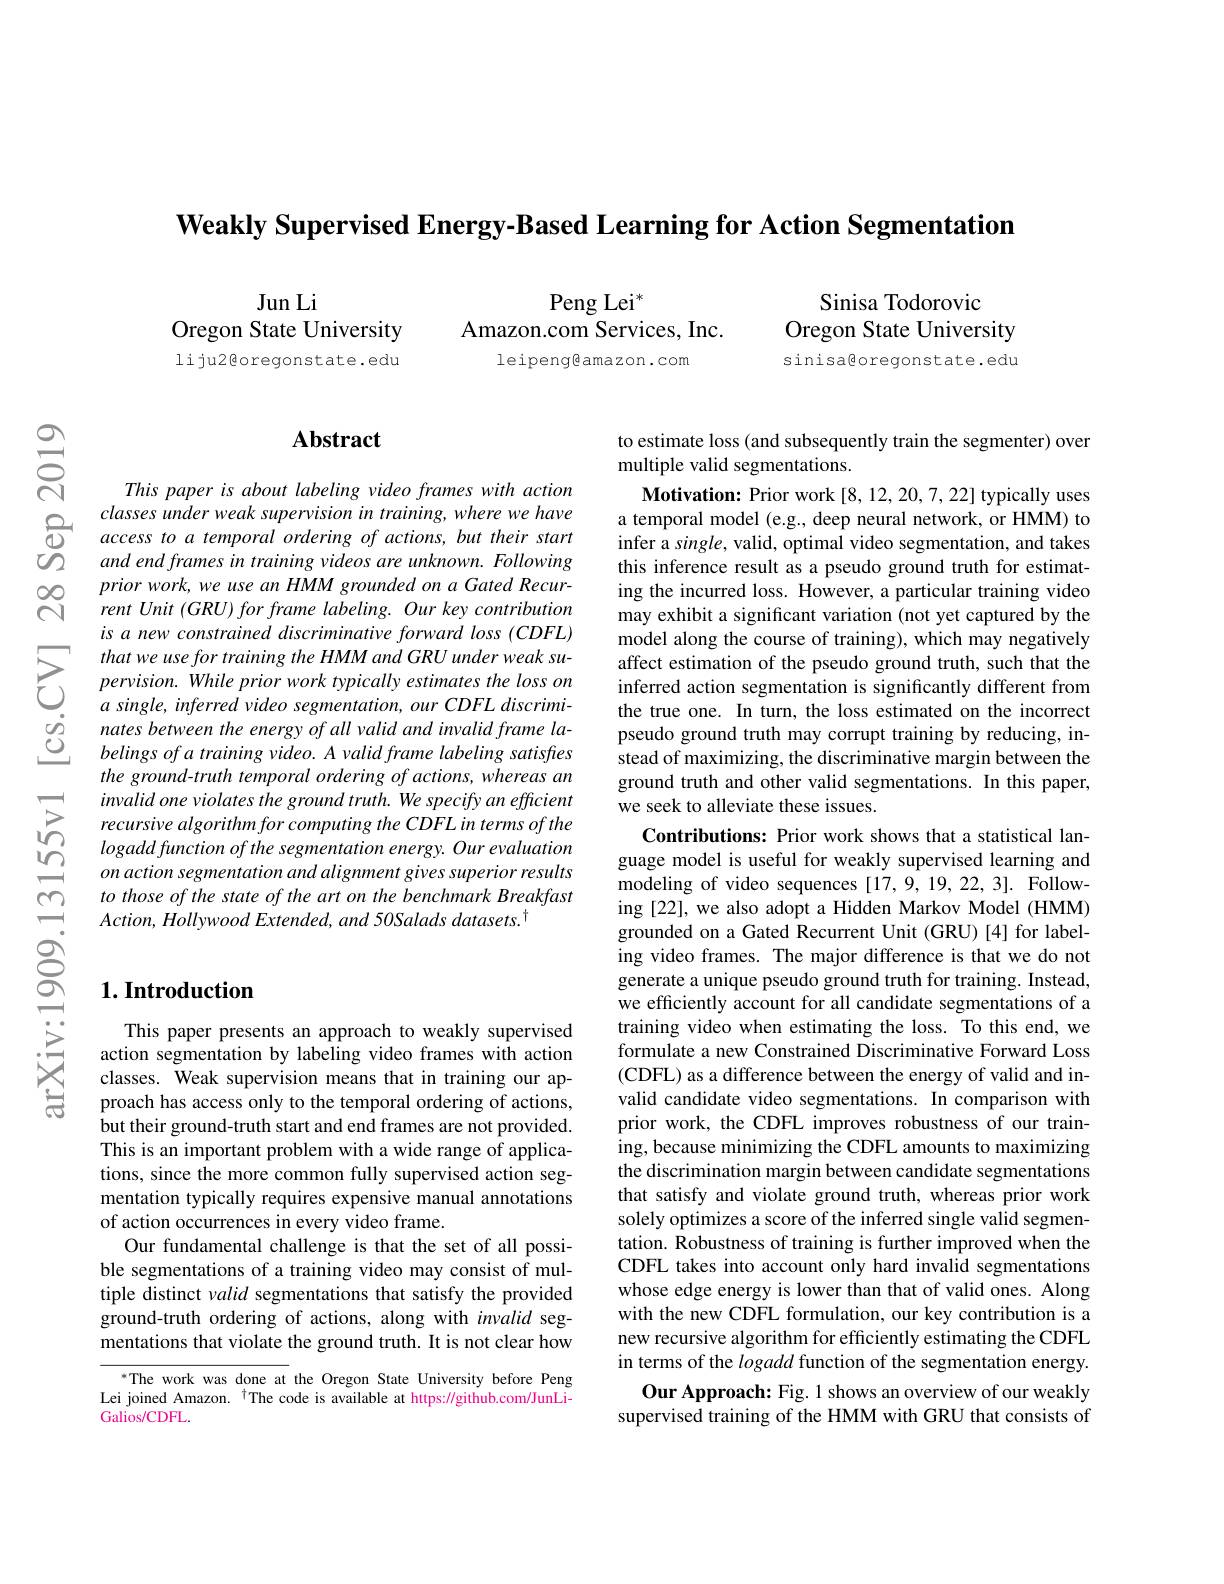
Weakly Supervised Energy-Based Learning for Action Segmentation

Jun Li
Oregon State University liju2@oregonstate.edu

Peng Lei$^*$
Amazon.com Services, Inc.

leipeng@amazon.com

Sinisa Todorovic
Oregon State University sinisagoregonstate.edu

$U2$

$സ്പെ$

$ଶ୍ନି$

## Abstract

This paper is about labeling video frames with action classes under weak supervision in training, where we have
$\textcircled {\mathrm{D} }$ $classesunderweaksuperviston in traming, where we haveaccess to a temporal ordering of actions, but their start$
and end frames in training videos are unknown. Following $priorwork,weuseanHMMgroundedonaGatedRecur-$ rent Unit (GRU) for frame labeling. Our key contribution is a new constrained discriminative forward loss (CDFL)
$\sum_{\begin{array}{cc}&thatweusefortraining\:the\:HMM\:and\:GRU\:under\:weak\:su-\\&pervision.\:While\:prior\:work\:typically\:estimates\:the\:loss\:on\\&a\:single,\:inferred\:video\:segmentaion,\:our\:CDFL\:discrimi-\end{array}}$ $\begin{array}{lll}{&a\:single,\:inferred\:video\:segmentation,\:our\:CDFL\:discrimi-\\\dot{o}_{2}&nates\:between\:the\:energy\:of\:all\:valid\:and\:invalid\:frame\:la-\\\dot{O}&belings\:of\:a\:training\:video.\:A\:valid\:frame\:labeling\:satisfes}\end{array}$
the ground-truth temporal ordering of actions, whereas an invalid one violates the ground truth. We specify an efficient recursive algorithm for computing the CDFL in terms of the $logaddfunction of the segmentation energy. Our evaluation$ on action segmentation and alignment gives superior results to those of the state of the art on the benchmark Breakfast $Action$, Hollywood $Extended$, and $50Salads$ $datasets. ^{\dagger }$

## $1. \textbf{Introduction}$

This paper presents an approach to weakly supervised action segmentation by labeling video frames with action classes. Weak supervision means that in training our approach has access only to the temporal ordering of actions, but their ground-truth start and end frames are not provided. This is an important problem with a wide range of applications, since the more common fully supervised action segmentation typically requires expensive manual annotations of action occurrences in every video frame.
Our fundamental challenge is that the set of all possible segmentations of a training video may consist of multiple distinct valid segmentations that satisfy the provided ground-truth ordering of actions, along with invalid segmentations that violate the ground truth. It is not clear how

*The work was done at the Oregon State University before Peng Lei joined Amazon. $^{\dagger}$The code is available at https://github.com/JunLiGalios/CDFL.

to estimate loss (and subsequently train the segmenter) over
multiple valid segmentations.

$\textbf{Motivation: Prior work[ 8, 12, 20, 7, 22] typically uses}$ a temporal model (e.g., deep neural network, or HMM) to infer a $single$, valid, optimal video segmentation, and takes this inference result as a pseudo ground truth for estimating the incurred loss. However, a particular training video may exhibit a significant variation (not yet captured by the model along the course of training), which may negatively affect estimation of the pseudo ground truth, such that the inferred action segmentation is significantly different from the true one. In turn, the loss estimated on the incorrect pseudo ground truth may corrupt training by reducing, instead of maximizing, the discriminative margin between the ground truth and other valid segmentations. In this paper, we seek to alleviate these issues.

Contributions: Prior work shows that a statistical language model is useful for weakly supervised learning and modeling of video sequences [17,9,19,22,3]. Following [22], we also adopt a Hidden Markov Model (HMM) grounded on a Gated Recurrent Unit (GRU)[4] for labeling video frames. The major difference is that we do not generate a unique pseudo ground truth for training. Instead, we efficiently account for all candidate segmentations of a training video when estimating the loss. To this end, we formulate a new Constrained Discriminative Forward Loss (CDFL) as a difference between the energy of valid and invalid candidate video segmentations. In comparison with prior work, the CDFL improves robustness of our training, because minimizing the CDFL amounts to maximizing the discrimination margin between candidate segmentations that satisfy and violate ground truth, whereas prior work solely optimizes a score of the inferred single valid segmentation. Robustness of training is further improved when the CDFL takes into account only hard invalid segmentations whose edge energy is lower than that of valid ones. Along with the new CDFL formulation, our key contribution is a new recursive algorithm for efficiently estimating the CDFL in terms of the logadd function of the segmentation energy.
Our Approach: Fig. 1 shows an overview of our weakly supervised training of the HMM with GRU that consists of